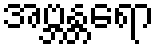
အဗ္ဘန္တရော